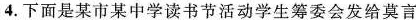
4.下面是某市某中学读书节活动学生筹委会发给莫言